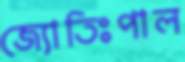
জ্যোতিঃপাল